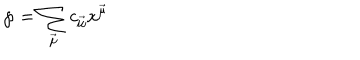
LaTeX: { \wp } = \sum _ { \vec { \mu } } c _ { \vec { \mu } } x ^ { \vec { \mu } }